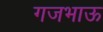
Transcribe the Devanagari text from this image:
गजभाऊ